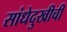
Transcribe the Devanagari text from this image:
सांधेदुखीची